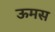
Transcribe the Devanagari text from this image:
ऊमस